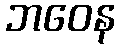
ဘဝေန